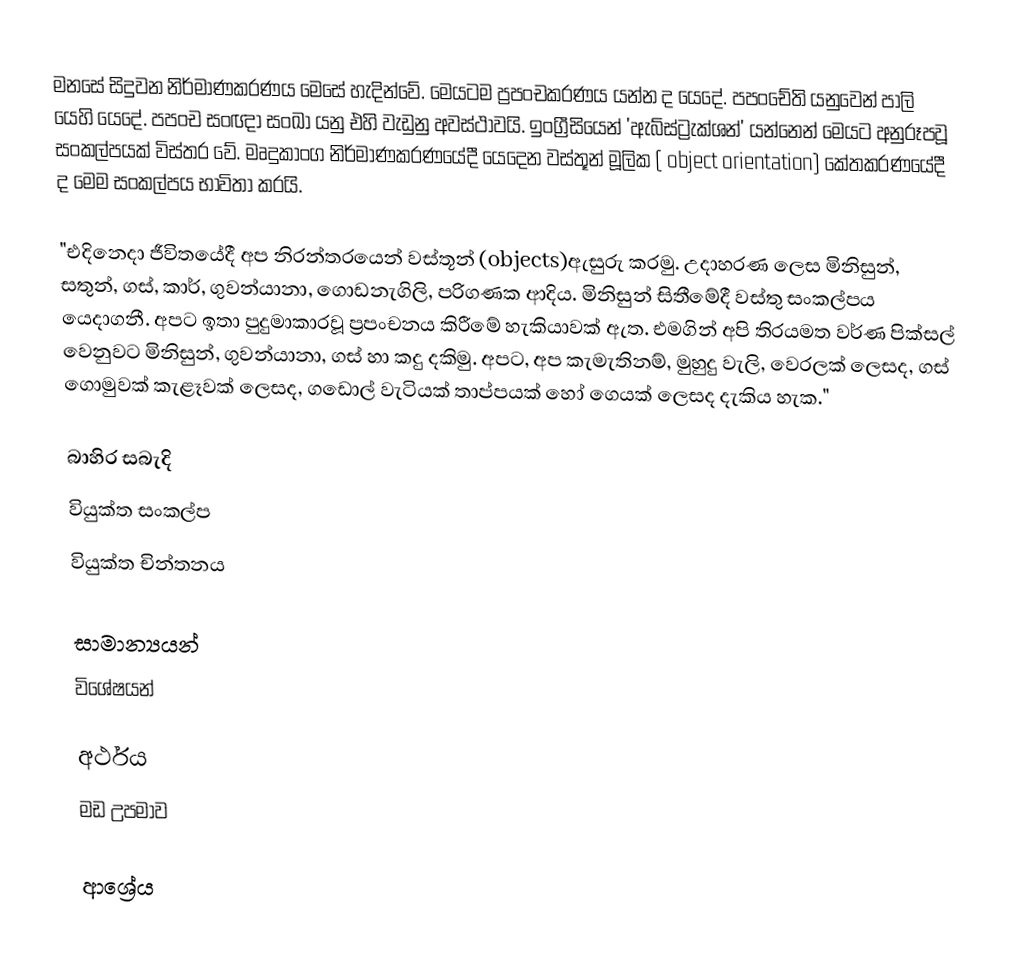
මනසේ සිදුවන නිර්මාණකරණය මෙසේ හැදින්වේ. මෙයටම ප්‍රපංචකරණය යන්න ද යෙදේ. පපංචේති යනුවෙන් පාලි යෙහි යෙදේ. පපංච සංඥා සංඛා යනු එහි වැඩුනු අවස්ථාවයි. ඉංග්‍රීසියෙන් 'ඇබ්ස්ට්‍රැක්ශන්' යන්නෙන් මෙයට අනුරූපවූ සංකල්පයක් විස්තර වේ. මෘදුකාංග නිර්මාණකරණයේදී යෙදෙන වස්තූන් මූලික ( object orientation) කේතකරණයේදී ද මෙම සංකල්පය භාවිතා කරයි.

"එදිනෙදා ජීවිතයේදී අප නිරන්තරයෙන් වස්තූන් (objects)ඇසුරු කරමු. උදාහරණ ලෙස මිනිසුන්, සතුන්, ගස්, කාර්, ගුවන්යානා, ගොඩනැගිලි, පරිගණක ආදිය. මිනිසුන් සිතීමේදී වස්තු සංකල්පය යෙදාගනී. අපට ඉතා පුදුමාකාරවූ ප්‍රපංචනය කිරීමේ හැකියාවක් ඇත. එමගින් අපි තිරයමත වර්ණ පික්සල් වෙනුවට  මිනිසුන්, ගුවන්යානා, ගස් හා කදු දකිමු. අපට, අප කැමැතිනම්, මුහුදු වැලි, වෙරලක් ලෙසද, ගස් ගොමුවක් කැළෑවක් ලෙසද, ගඩොල් වැටියක් තාප්පයක් හෝ ගෙයක් ලෙසද දැකිය හැක."

බාහිර සබැදි
වියුක්ත සංකල්ප
වියුක්ත චින්තනය

සාමාන්‍යයන්
විශේෂයන්

අර්ථය
මඩ උපමාව

ආශ්‍රේය